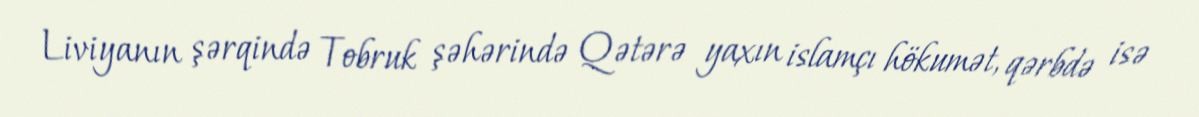
Liviyanın şərqində Tobruk şəhərində Qətərə yaxın islamçı hökumət, qərbdə isə